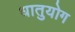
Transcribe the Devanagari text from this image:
धातुयोग